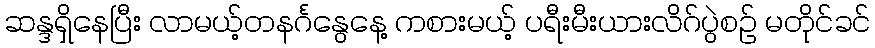
ဆန္ဒရှိနေပြီး လာမယ့်တနင်္ဂနွေနေ့ ကစားမယ့် ပရီးမီးယားလိဂ်ပွဲစဉ် မတိုင်ခင်